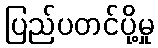
ပြည်ပတင်ပို့မှု